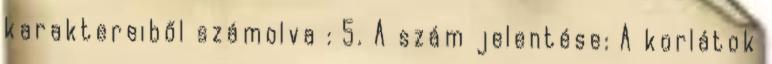
karaktereiből számolva : 5. A szám jelentése: A korlátok